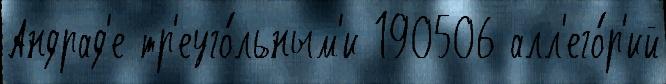
Андрад'е тр'еуго́льным'и 190506 алл'его́р'ий